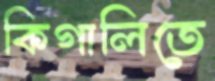
কিগালিতে